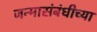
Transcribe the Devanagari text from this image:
जन्मासंबंधीच्या